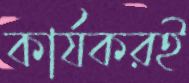
কার্যকরই